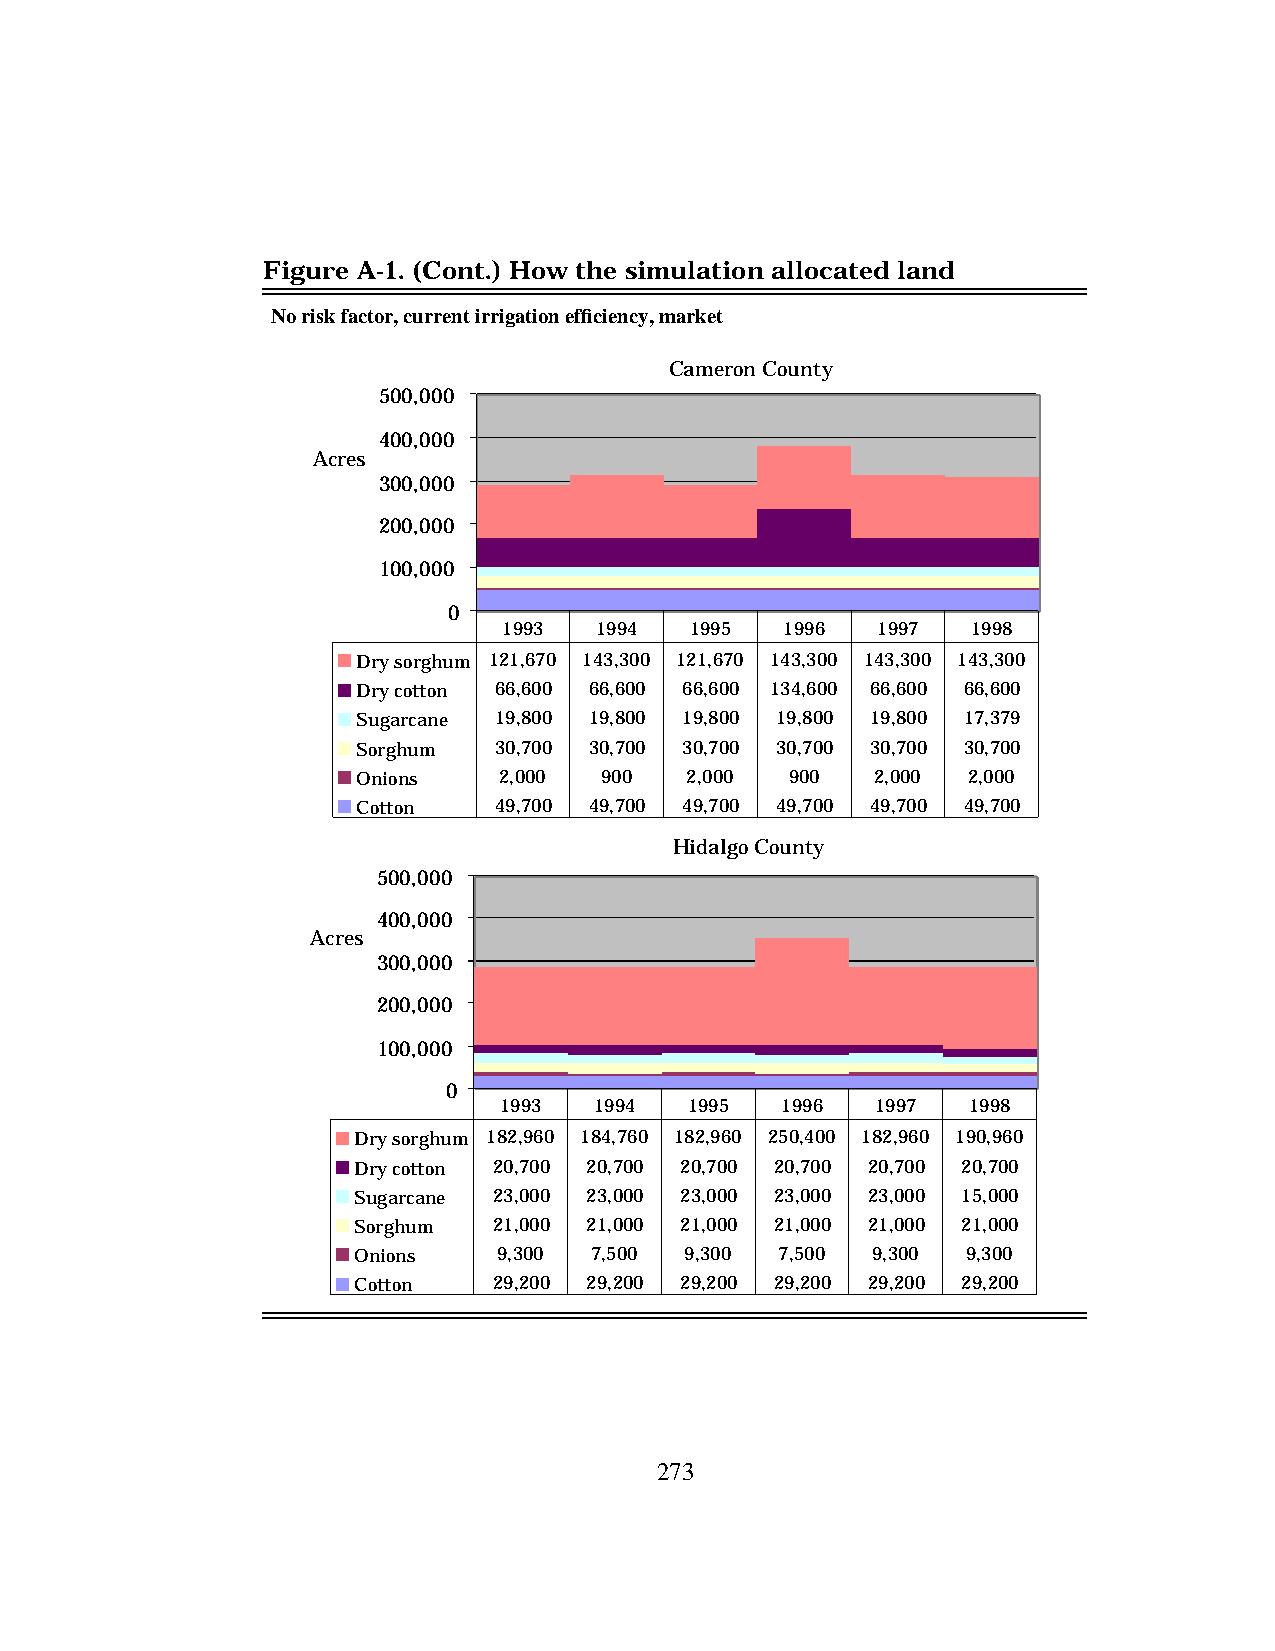
Figure A-1. (Cont.) How the simulation allocated land
 No risk factor, current irrigation efficiency, market
 Cameron County
 500,000
 400,000
 Acres
 300,000
 200,000
 100,000
 0
 1993  1994   1995  1996  1997  1998
 Dry sorghum 121,670 143,300 121,670 143,300 143,300 143,300
 Dry cotton 66,600 66,600 66,600 134,600 66,600 66,600
 Sugarcane 19,800 19,800 19,800 19,800 19,800 17,379
 Sorghum  30,700 30,700 30,700 30,700 30,700 30,700
 Onions   2,000  900  2,000  900   2,000 2,000
 Cotton   49,700 49,700 49,700 49,700 49,700 49,700
 Hidalgo County
 500,000
 400,000
 Acres
 300,000
 200,000
 100,000
 0
 1993  1994   1995  1996  1997  1998
 Dry sorghum 182,960 184,760 182,960 250,400 182,960 190,960
 Dry cotton 20,700 20,700 20,700 20,700 20,700 20,700
 Sugarcane 23,000 23,000 23,000 23,000 23,000 15,000
 Sorghum   21,000 21,000 21,000 21,000 21,000 21,000
 Onions    9,300 7,500 9,300  7,500 9,300 9,300
 Cotton    29,200 29,200 29,200 29,200 29,200 29,200
 273